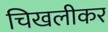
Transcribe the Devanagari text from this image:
चिखलीकर